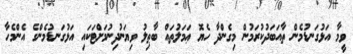
ވީމާ އަޅުގަނޑުމެން ތާއަބަދުކުރަމުން މިގެންދާ ހެޔޮ ޢަމަލުތައް ބާޠިލު ވިޔަނުދިނުމަށްޓަކައި އަޅުގަނޑުމެންގެ އެންމެހާ